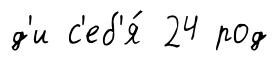
д'и с'еб'я́ 24 род